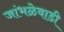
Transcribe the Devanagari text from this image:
जांभळेवाडी